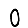
Digit: 0